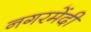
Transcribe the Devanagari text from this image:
नगरमेंदी